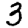
Digit: 3